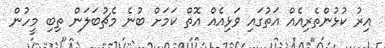
އިރު ކުޅުންތެރިއެއް އަތުގައި ވަޅިއެއް އޮތް ކަމަށް ބުނެ މެޗުބަލަން ތިބި މީހުން